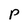
Character: p